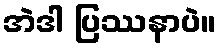
အဲဒါ ပြဿနာပဲ။